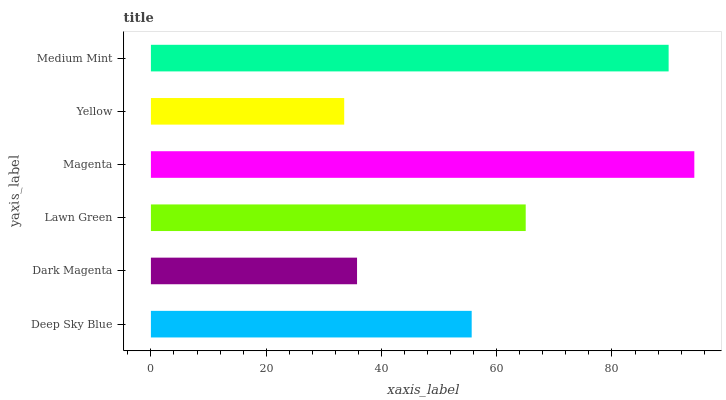
| yaxis_label | bars |
 | --- | --- |
 | Deep Sky Blue | 55.7 |
 | Dark Magenta | 35.8 |
 | Lawn Green | 65 |
 | Magenta | 94.3 |
 | Yellow | 33.5 |
 | Medium Mint | 89.8 |